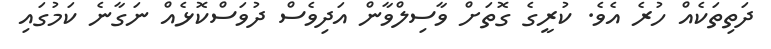
ދަތިތަކެއް ހުރެ އެވެ. ކުރީގެ ގޮތަށް ވާސިލްވާން އަދިވެސް ދުވަސްކޮޅެއް ނަގާނެ ކަމުގައި